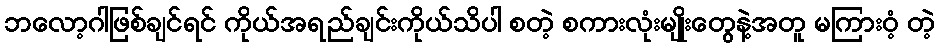
ဘလော့ဂါဖြစ်ချင်ရင် ကိုယ်အရည်ချင်းကိုယ်သိပါ စတဲ့ စကားလုံးမျိုးတွေနဲ့အတူ မကြားဝံ့ တဲ့